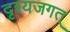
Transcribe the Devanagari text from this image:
दृश्यजगत्